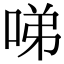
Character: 㖒